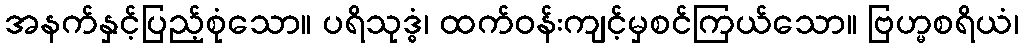
အနက်နှင့်ပြည့်စုံသော။ ပရိသုဒ္ဓံ၊ ထက်ဝန်းကျင့်မှစင်ကြယ်သော။ ဗြဟ္မစရိယံ၊